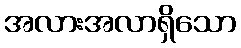
အလားအလာရှိသော